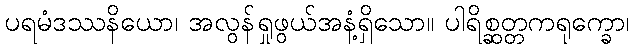
ပရမံဒဿနိယော၊ အလွန်ရှုဖွယ်အနံ့ရှိသော။ ပါရိစ္ဆတ္တကရုက္ခော၊